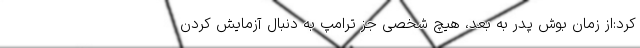
کرد:‌از زمان بوش پدر به بعد، هیچ شخصی جز ترامپ به دنبال آزمایش کردن